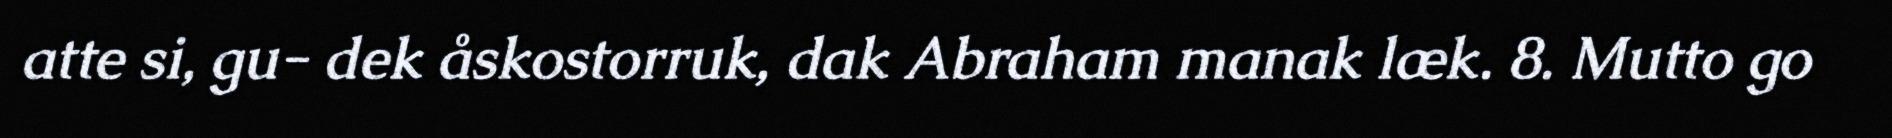
atte si, gu- dek åskostorruk, dak Abraham manak læk. 8. Mutto go